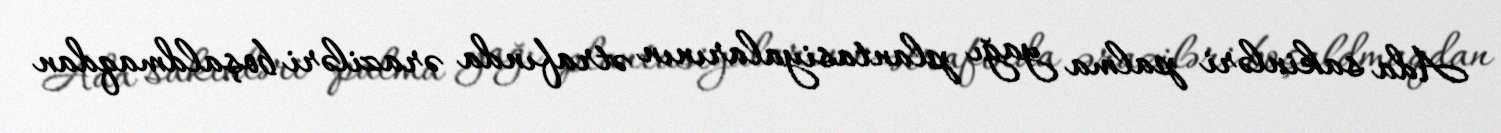
Ada sakinləri palma yağı plantasiyalarının ətrafında əraziləri boşaldmaqdan